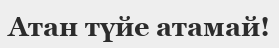
Атан түйе атамай!